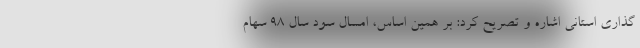
گذاری استانی اشاره و تصریح کرد: بر همین اساس، امسال سود سال ۹۸ سهام